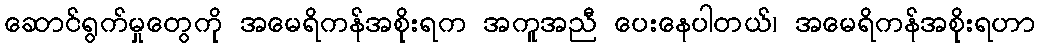
ဆောင်ရွက်မှုတွေကို အမေရိကန်အစိုးရက အကူအညီ ပေးနေပါတယ်၊ အမေရိကန်အစိုးရဟာ